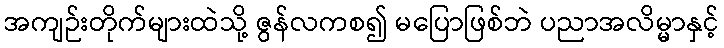
အကျဉ်းတိုက်များထဲသို့ ဇွန်လကစ၍ မပြောဖြစ်ဘဲ ပညာအလိမ္မာနှင့်